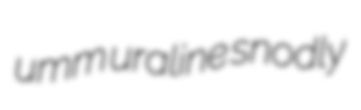
umm uraline snodly